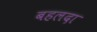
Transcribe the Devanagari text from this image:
बहलदा